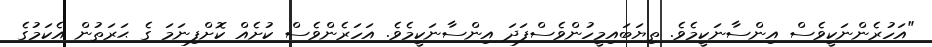
"އަހުރެންނަކީވެސް އިންސާނަކީމެވެ. ތިޔަބައިމީހުންވެސްފަދަ އިންސާނަކީމެވެ. އަހަރެންވެސް ކުށެއް ކޮށްފިނަމަ ގެ ޙަރަތުން އެކަމުގެ